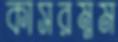
কাসরম্নম